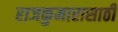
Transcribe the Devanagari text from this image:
राजकुमारासाठी